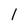
Character: 1